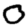
Digit: 0